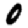
Digit: 0